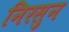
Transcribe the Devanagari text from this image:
निरसुन